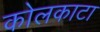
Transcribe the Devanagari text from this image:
कोलकाटा